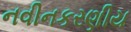
નવીનકરણીય